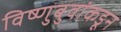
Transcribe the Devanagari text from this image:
विष्णुबुवांकडून